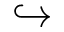
\hookrightarrow